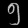
Digit: ၅